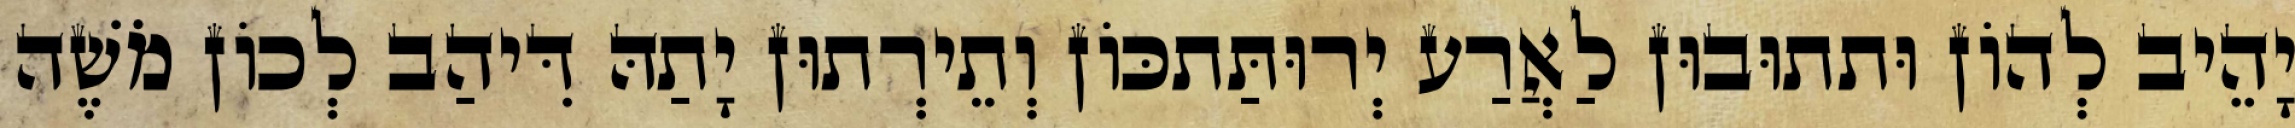
יָהֵיב לְהוֹן וּתתוּבוּן לַאֲרַע יְרוּתַּתכּוֹן וְתֵירְתוּן יָתַהּ דִּיהַב לְכוֹן מֹשֶׁה